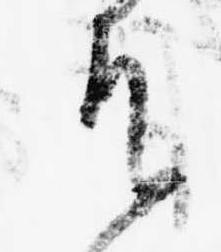
そ